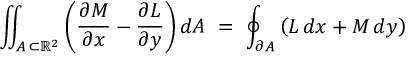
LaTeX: \iint _ { A \, \subset \mathbb { R } ^ { 2 } } \left( { \frac { \partial M } { \partial x } } - { \frac { \partial L } { \partial y } } \right) d A \ = \ \oint _ { \partial A } \left( L \, d x + M \, d y \right)